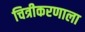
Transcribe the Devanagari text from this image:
चित्रीकरणाला